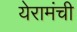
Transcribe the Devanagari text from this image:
येरामंची